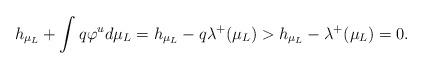
LaTeX: \begin{align*}h_{\mu_L} + \int q \varphi^u d\mu_L = h_{\mu_L} - q \lambda^+(\mu_L) > h_{\mu_L} - \lambda^+(\mu_L) = 0.\end{align*}